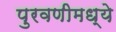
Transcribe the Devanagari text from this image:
पुरवणीमध्ये